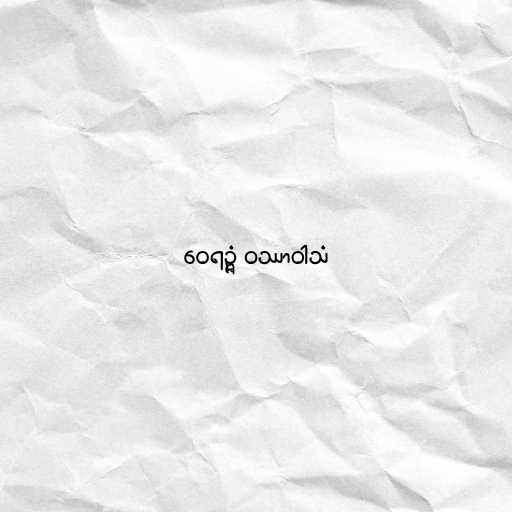
ဝေရဉ္ဇံ ဝဿာဝါသံ